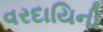
વરદાયિની